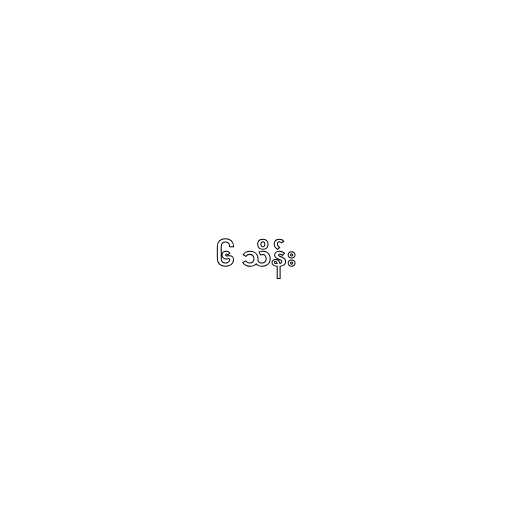
၆ သိန်း